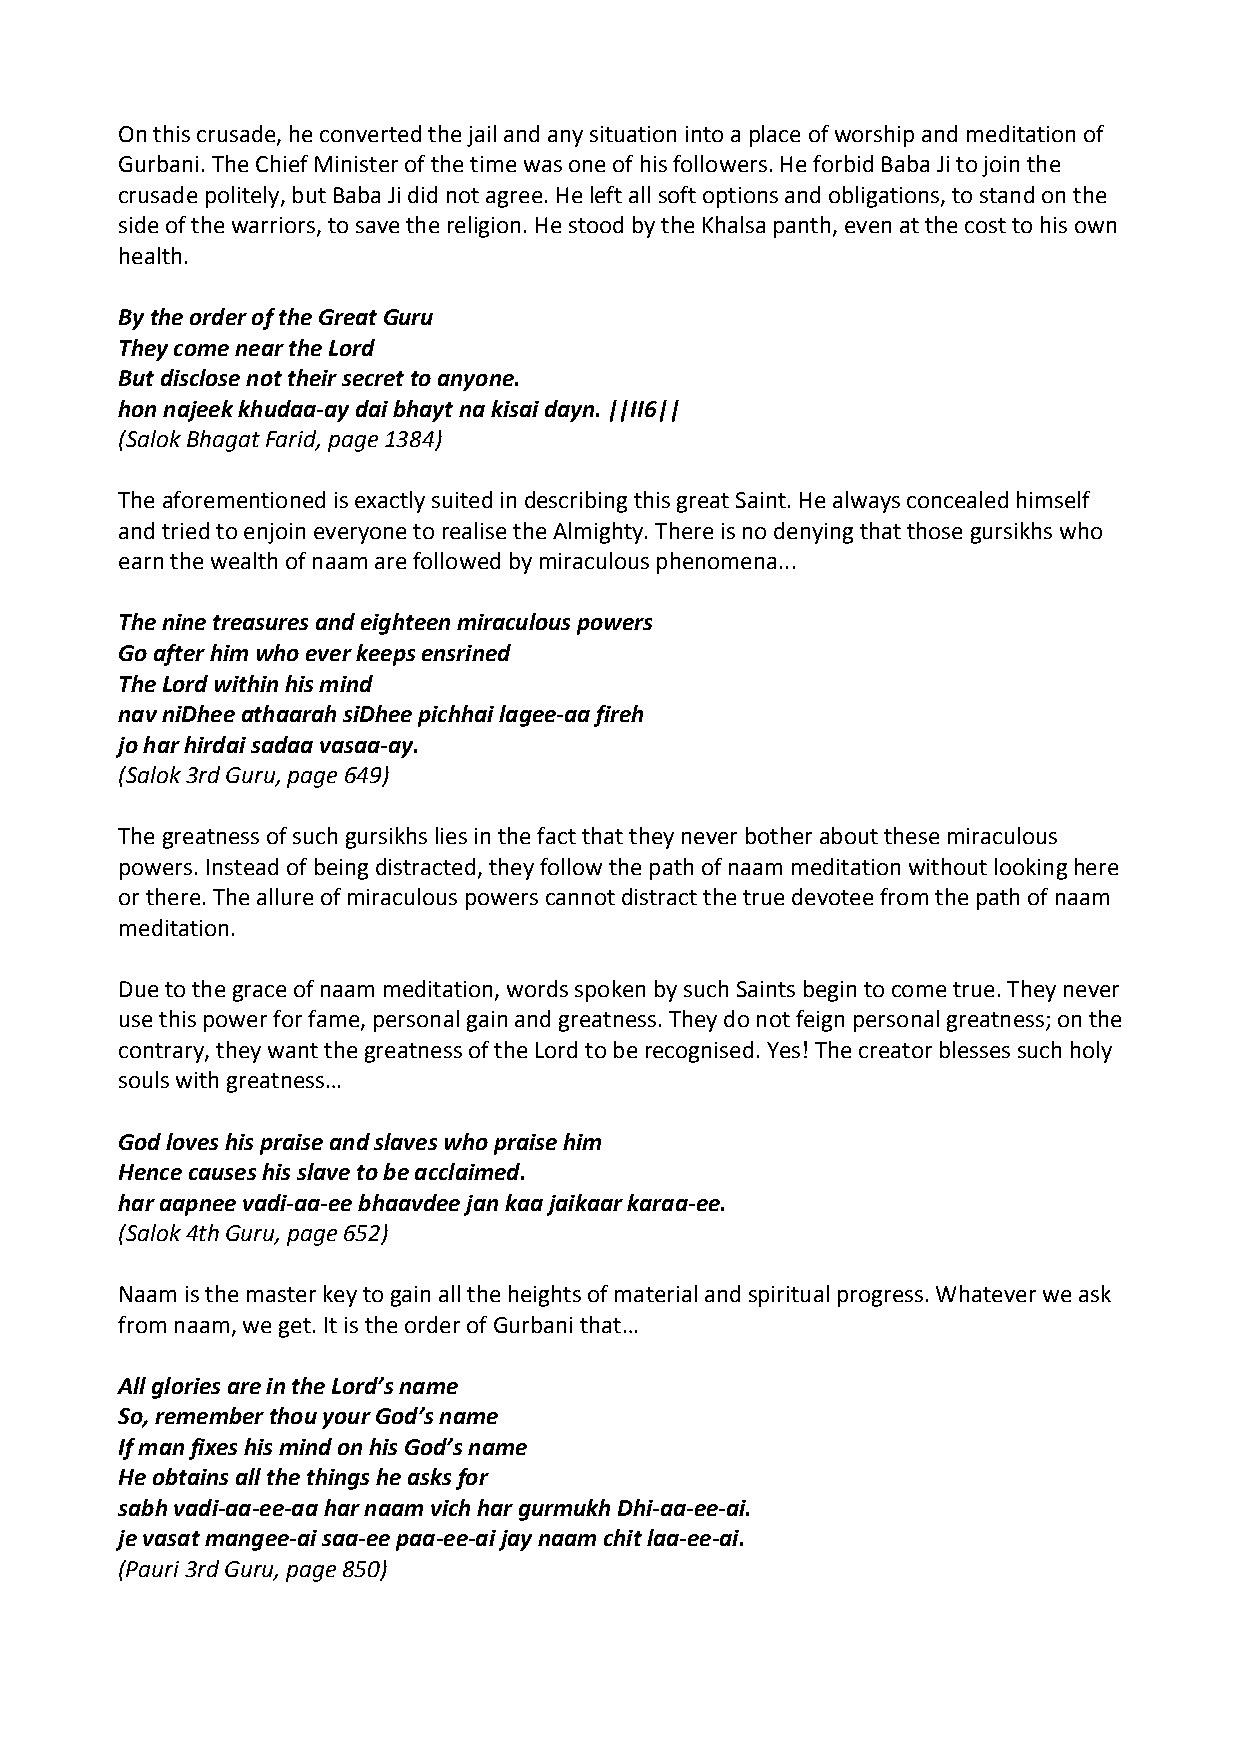
On this crusade, he converted the jail and any situation into a place of worship and meditation of
 Gurbani. The Chief Minister of the time was one of his followers. He forbid Baba Ji to join the
 crusade politely, but Baba Ji did not agree. He left all soft options and obligations, to stand on the
 side of the warriors, to save the religion. He stood by the Khalsa panth, even at the cost to his own
 health.
 By the order of the Great Guru
 They come near the Lord
 But disclose not their secret to anyone.
 hon najeek khudaa‐ay dai bhayt na kisai dayn. ||II6||
 (Salok Bhagat Farid, page 1384)
 The aforementioned is exactly suited in describing this great Saint. He always concealed himself
 and tried to enjoin everyone to realise the Almighty. There is no denying that those gursikhs who
 earn the wealth of naam are followed by miraculous phenomena...
 The nine treasures and eighteen miraculous powers
 Go after him who ever keeps ensrined
 The Lord within his mind
 nav niDhee athaarah siDhee pichhai lagee‐aa fireh
 jo har hirdai sadaa vasaa‐ay.
 (Salok 3rd Guru, page 649)
 The greatness of such gursikhs lies in the fact that they never bother about these miraculous
 powers. Instead of being distracted, they follow the path of naam meditation without looking here
 or there. The allure of miraculous powers cannot distract the true devotee from the path of naam
 meditation.
 Due to the grace of naam meditation, words spoken by such Saints begin to come true. They never
 use this power for fame, personal gain and greatness. They do not feign personal greatness; on the
 contrary, they want the greatness of the Lord to be recognised. Yes! The creator blesses such holy
 souls with greatness…
 God loves his praise and slaves who praise him
 Hence causes his slave to be acclaimed.
 har aapnee vadi‐aa‐ee bhaavdee jan kaa jaikaar karaa‐ee.
 (Salok 4th Guru, page 652)
 Naam is the master key to gain all the heights of material and spiritual progress. Whatever we ask
 from naam, we get. It is the order of Gurbani that…
 All glories are in the Lord’s name
 So, remember thou your God’s name
 If man fixes his mind on his God’s name
 He obtains all the things he asks for
 sabh vadi‐aa‐ee‐aa har naam vich har gurmukh Dhi‐aa‐ee‐ai.
 je vasat mangee‐ai saa‐ee paa‐ee‐ai jay naam chit laa‐ee‐ai.
 (Pauri 3rd Guru, page 850)